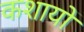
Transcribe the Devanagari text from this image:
कशायों